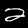
Label: 2